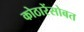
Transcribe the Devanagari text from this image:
कोठारेंसोबत